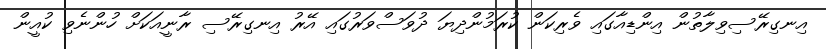
އިނގިރޭސިވިލާތުން އިންޑިއާގައި ވެރިކަން ކުރަމުންދިޔަ ދުވަސްވަރުގައި އޭރު އިނގިރޭސި ރާނީއަކަށް ހުންނެވި ކުއީން